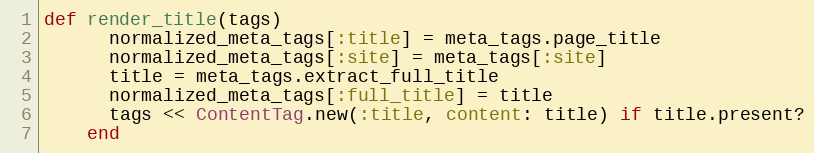
Language: Ruby
def render_title(tags)
      normalized_meta_tags[:title] = meta_tags.page_title
      normalized_meta_tags[:site] = meta_tags[:site]
      title = meta_tags.extract_full_title
      normalized_meta_tags[:full_title] = title
      tags << ContentTag.new(:title, content: title) if title.present?
    end